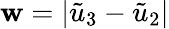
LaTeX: \mathbf{w}=|\tilde{{u}}_{3}-\tilde{{u}}_{2}|